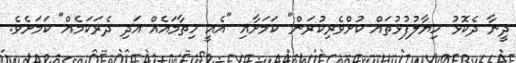
ދީނާ ދެކޮޅު ހިޔާލުފުޅުތައް ކުށްވެރިކުރަން" ކަމަށާއި "އެއީ ހިތާމައެއް އަދި ދެރަކަމެއް" ކަމަށެވެ.